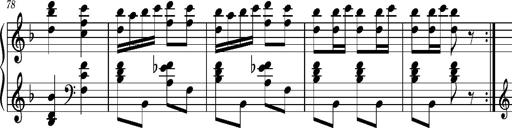
Title: Ungarischer Romanzero
Composer: Franz Liszt